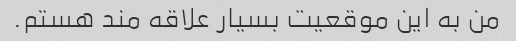
من به این موقعیت بسیار علاقه مند هستم.